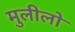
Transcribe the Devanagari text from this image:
मुलीलो